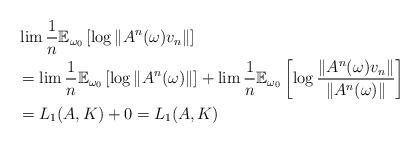
LaTeX: \begin{align*}&\lim \frac{1}{n}\mathbb{E}_{\omega_0} \left[\log\Vert A^n(\omega)v_n \Vert \right]\\&= \lim \frac{1}{n}\mathbb{E}_{\omega_0} \left[\log\Vert A^n(\omega) \Vert \right] + \lim \frac{1}{n}\mathbb{E}_{\omega_0} \left[\log \frac{\Vert A^n(\omega)v_n \Vert}{\Vert A^n(\omega) \Vert} \right]\\&= L_1(A,K) + 0 = L_1(A,K)\end{align*}